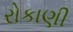
રોકાણી